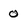
Character: 0